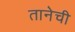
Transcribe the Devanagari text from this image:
तानेची